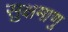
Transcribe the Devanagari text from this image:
सुक्षमाणु